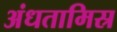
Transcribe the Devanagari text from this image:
अंधतामिस्र